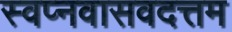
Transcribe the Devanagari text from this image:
स्वप्नवासवदत्तम